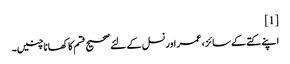
[1]
اپنے کتے کے سائز ، عمر اور نسل کے لئے صحیح قسم کا کھانا چنیں۔